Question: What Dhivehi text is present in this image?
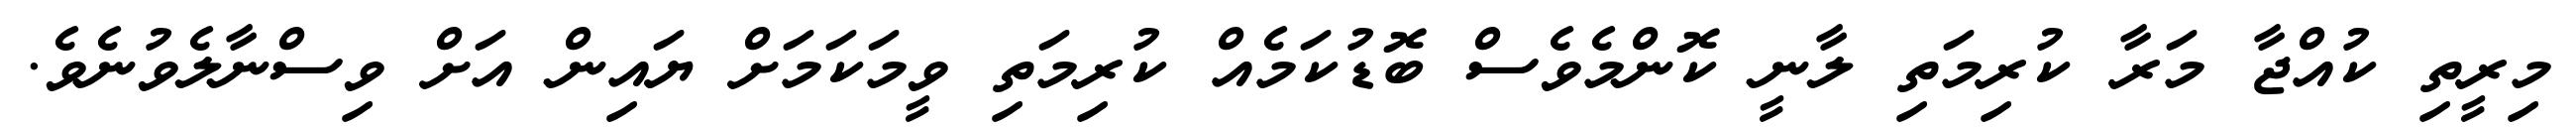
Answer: މިރީތި ކުއްޖާ މަރާ ކުރިމަތި ލާނީ ކޮންމެވެސް ބޮޑުކަމެއް ކުރިމަތި ވީމަކަމަށް ޔައިން އަށް ވިސްނާލެވުނެވެ.